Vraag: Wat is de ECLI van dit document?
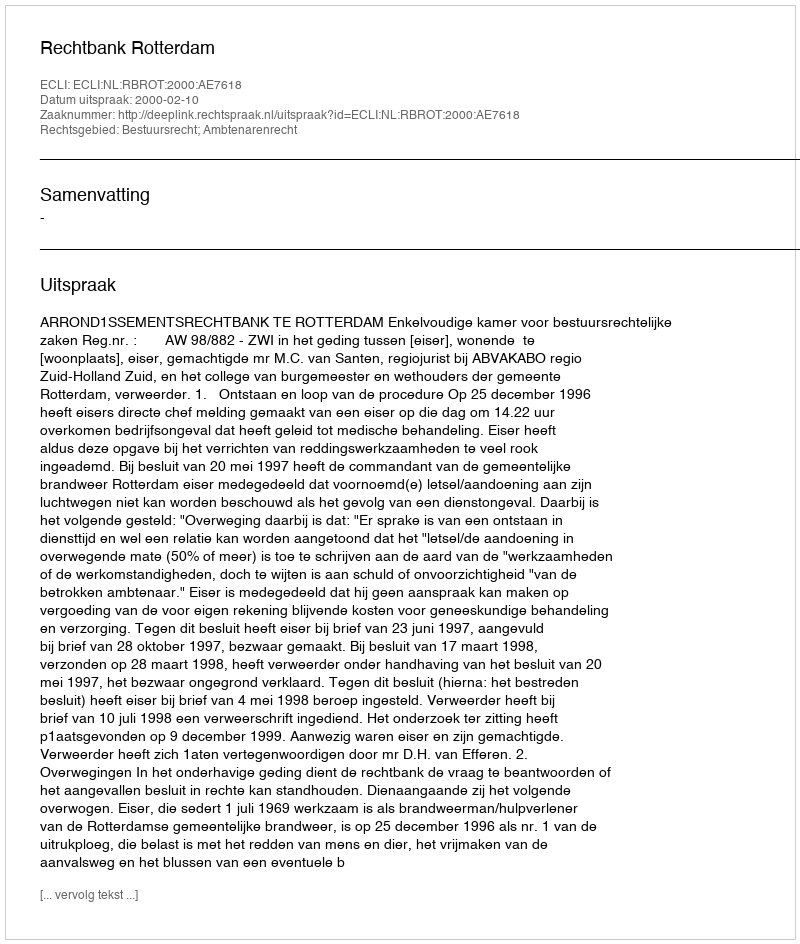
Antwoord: ECLI:NL:RBROT:2000:AE7618